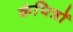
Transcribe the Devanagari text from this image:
कंपित्रों